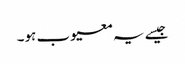
جیسے یہ معیوب ہو۔